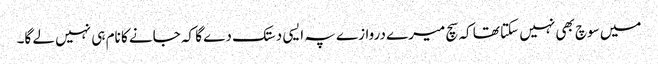
میں سوچ بھی نہیں سکتا تھا کہ سچ میرے دروازے پہ ایسی دستک دے گا کہ جانے کا نام ہی نہیں لے گا۔